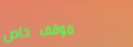
موقف خاص